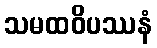
သမထဝိပဿနံ